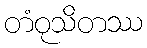
တံဝုသိတဿ